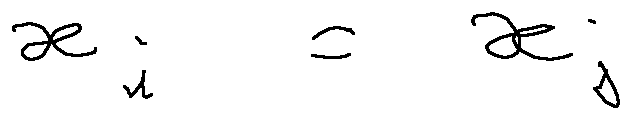
x _ { i } = x _ { j }